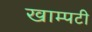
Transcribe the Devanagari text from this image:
खाम्पटी